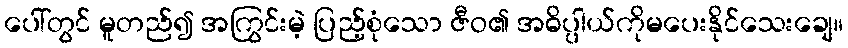
ပေါ်တွင် မူတည်၍ အကြွင်းမဲ့ ပြည့်စုံသော ဇီဝ၏ အဓိပ္ပါယ်ကိုမပေးနိုင်သေးချေ။